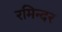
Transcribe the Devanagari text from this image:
रमिन्दर